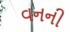
વનની